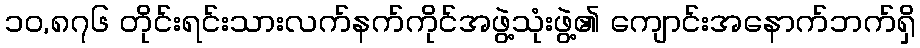
၁၀,၈၇၆ တိုင်းရင်းသားလက်နက်ကိုင်အဖွဲ့သုံးဖွဲ့၏ ကျောင်းအနောက်ဘက်ရှိ